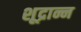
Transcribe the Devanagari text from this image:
शूद्रान्न